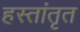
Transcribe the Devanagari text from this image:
हस्तांतृत